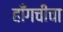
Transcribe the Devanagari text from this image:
हाँगचीचा